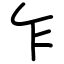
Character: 乍